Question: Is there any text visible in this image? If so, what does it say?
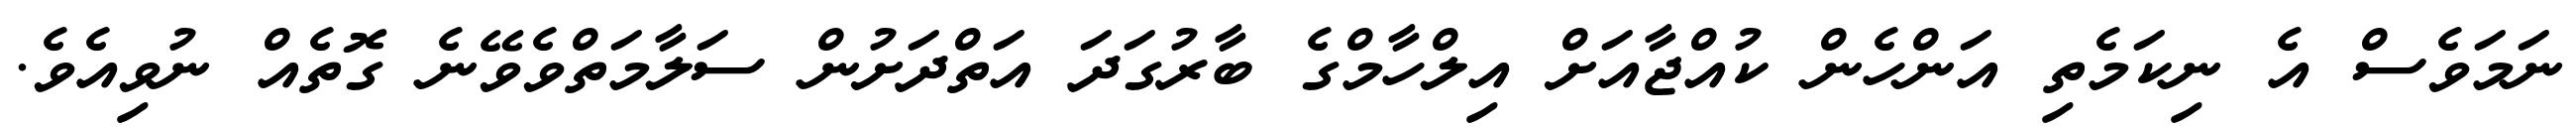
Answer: ނަމަވެސް އެ ނިކަމެތި އަންހެން ކުއްޖާއަށް އިލްހާމްގެ ބާރުގަދަ އަތްދަށުން ސަލާމަތްވެވޭނެ ގޮތެއް ނުވިއެވެ.